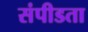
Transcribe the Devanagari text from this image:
संपीडता